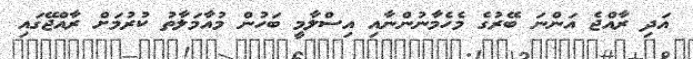
އަދި ރާއްޖެ އަންނަ ބޭރުގެ މެހެމާނުންނާއި އިސްލާމީ ބަހުން މުއާމަލާތު ކުރުމަށް ރާއްޖޭގައި